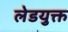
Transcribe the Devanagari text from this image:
लेडयुक्त